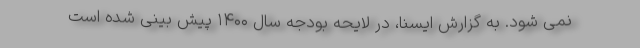
نمی شود. به گزارش ایسنا، در لایحه بودجه سال ۱۴۰۰ پیش بینی شده است